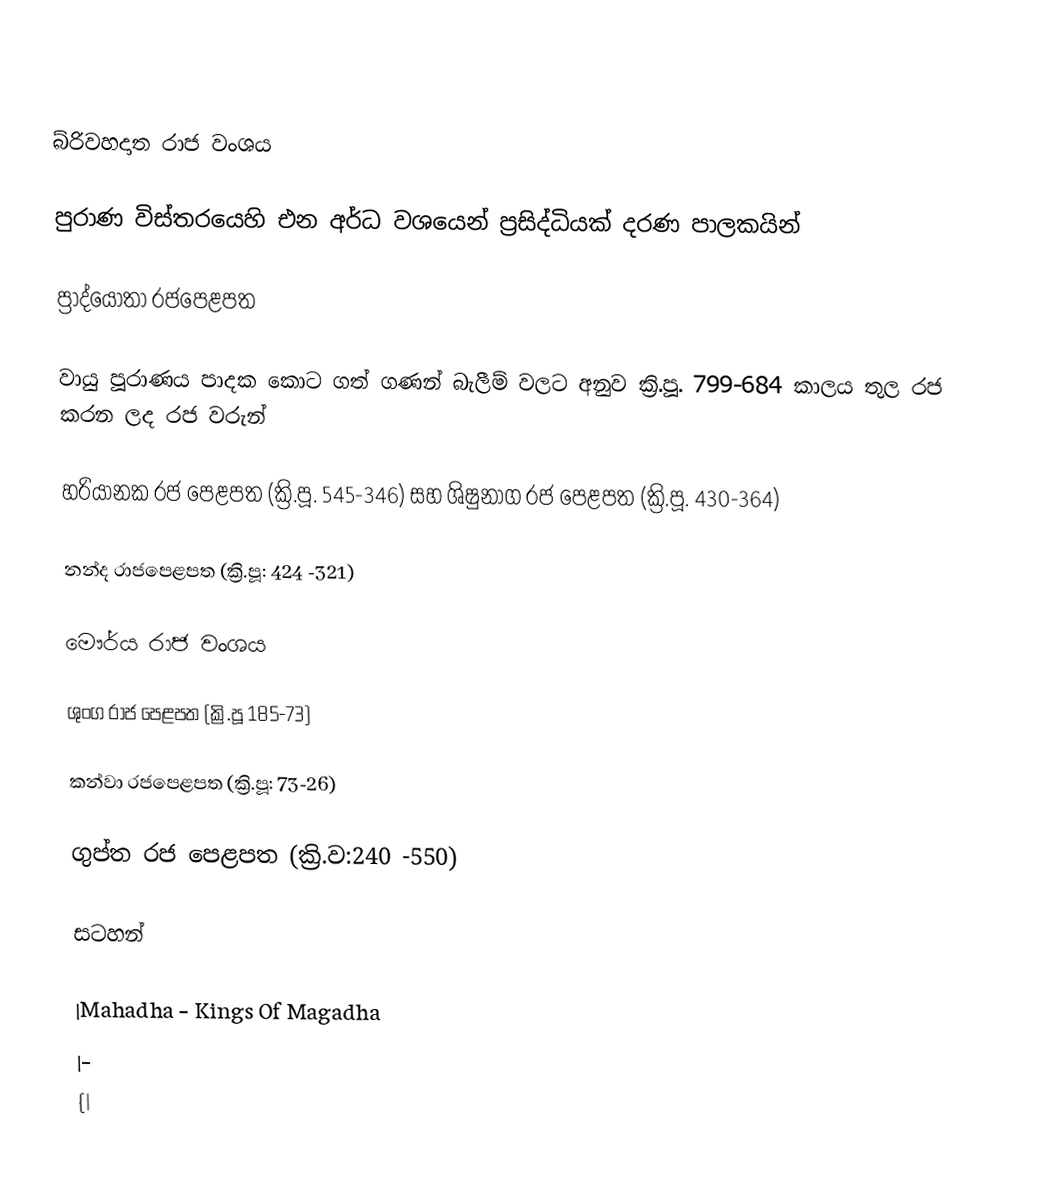

බ්රිවහදාත රාජ වංශය

පුරාණ විස්තරයෙහි එන අර්ධ වශයෙන් ප්‍රසිද්ධියක් දරණ පාලකයින්

ප්‍රාද්යෝතා රජපෙළපත

වායු පූරාණය පාදක කොට ගත් ගණන් බැලී‍ම් වලට අනුව ක්‍රි.පූ. 799-684 කාලය තුල රජ කරන ලද රජ වරුන්

හරියානක රජ පෙළපත (ක්‍රි.පූ. 545-346) සහ ශිෂුනාග රජ පෙළපත (ක්‍රි.පූ. 430-364)

නන්ද රාජපෙළපත (ක්‍රි.පූ: 424 -321)

මෞර්ය රාජ වංශය

ශුංග රාජ පෙළපත (ක්‍රි.පූ 185-73)

කන්වා රජපෙළපත (ක්‍රි.පූ: 73-26)

ගුප්ත රජ පෙළපත (ක්‍රි.ව:240 -550)

සටහන්

|Mahadha - Kings Of Magadha
|-
{|